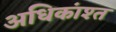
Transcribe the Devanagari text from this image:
अधिकांश्त